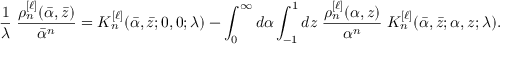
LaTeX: \frac { 1 } { \lambda } \; \frac { \rho _ { n } ^ { [ \ell ] } ( \bar { \alpha } , \bar { z } ) } { \bar { \alpha } ^ { n } } = { \cal K } _ { n } ^ { [ \ell ] } ( \bar { \alpha } , \bar { z } ; 0 , 0 ; \lambda ) - \int _ { 0 } ^ { \infty } d \alpha \int _ { - 1 } ^ { 1 } d z \; \frac { \rho _ { n } ^ { [ \ell ] } ( \alpha , z ) } { \alpha ^ { n } } \; { \cal K } _ { n } ^ { [ \ell ] } ( \bar { \alpha } , \bar { z } ; \alpha , z ; \lambda ) .